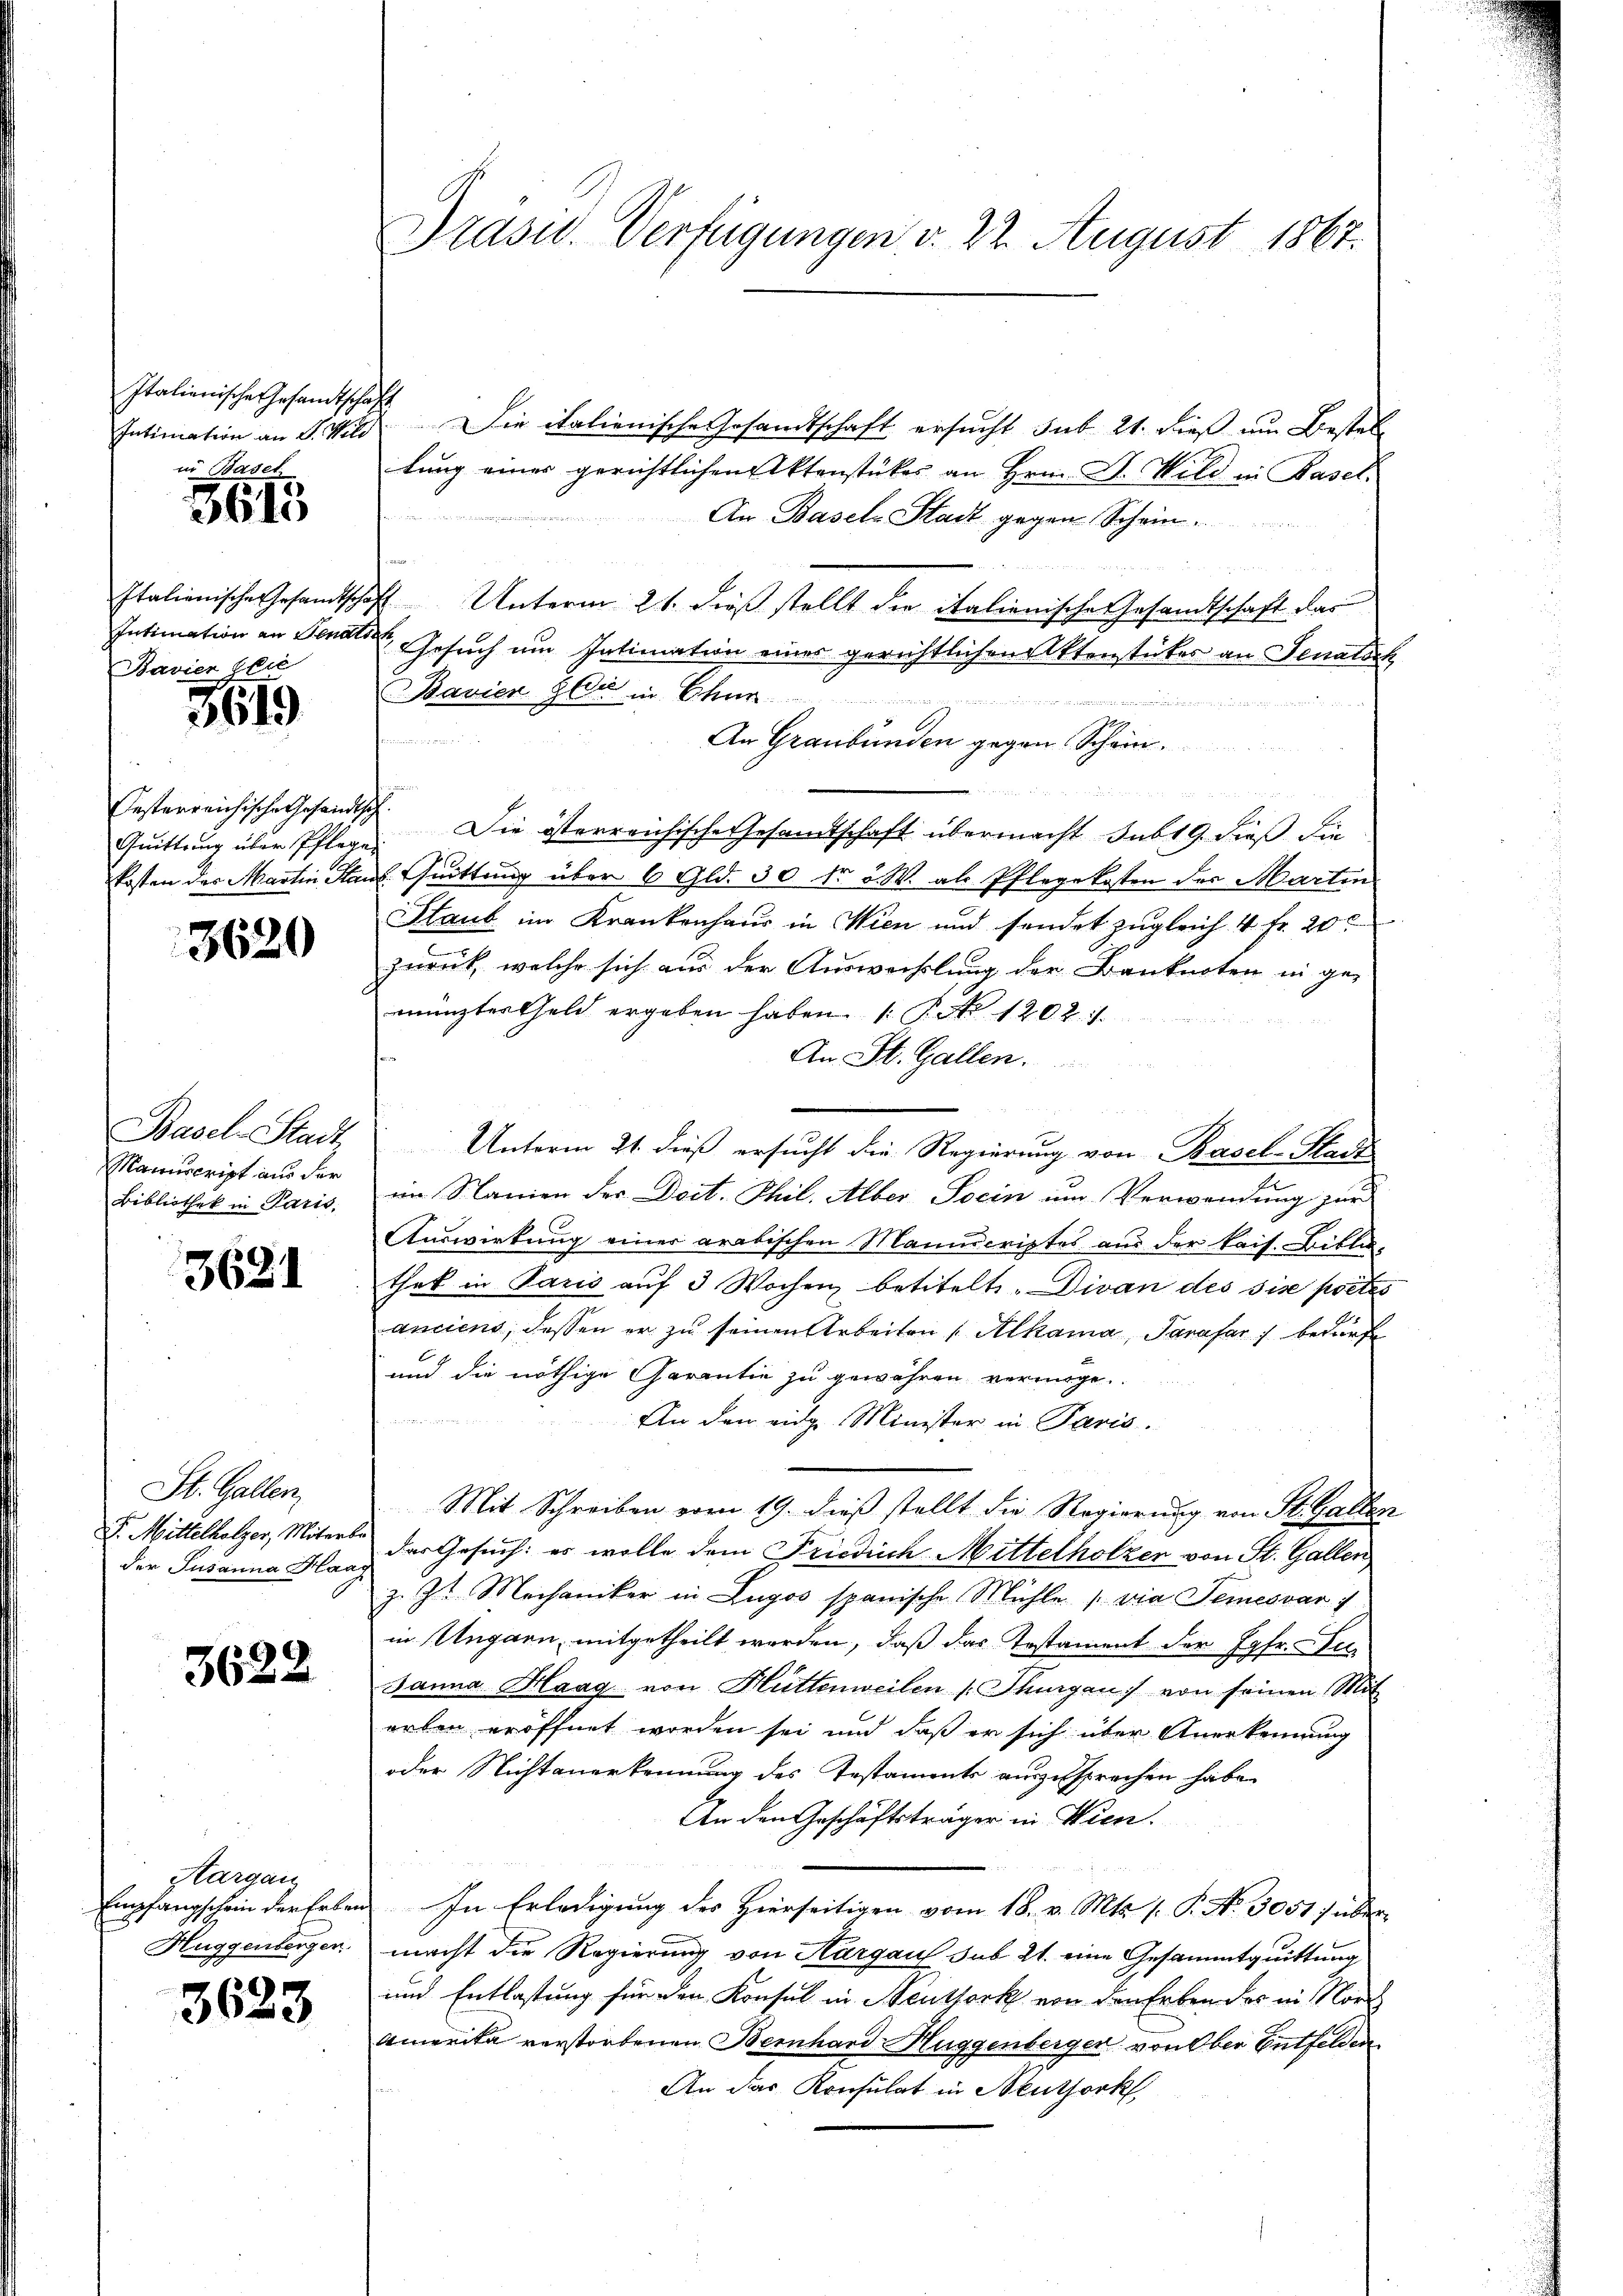
Italienische Gesandtscha¬
Intimation an J. Wild
in Basel

3615

Italienische Gesandtsche
Intimation an Senats
Bavier Elie

3619

Oesterreichische Gesandtsch
Quittung über Pflegen
kosten des Martin Han

3620

Basel-Stadt
Manuscript aus der
Bibliothek in Paris,

3681

St. Gallen,
F. Mittelholzer, Miters
der Susanna Blan

3622

Aargau
Empfangschein der Erben
Huggenberger

3623

Präsid. Verfügungen d. 22. August 1867.

¬

DDie italienische Gesandtschaft ersucht sub 21. dieß um Bestellung einer gerichtlichen Aktenstückes an Hrn. Dr. Wild in Basel
An Basels Stadt gegen Schwin
2 Unterm 21. dieß stellt die italienische Gesandtschaft das
Gesuch um Intimation eines gerichtlichen Aktenstückes an Senatsch
Bavien Gli in Char
.
Rat in der an
An Graubünden gegen Schön.

Die österreichische Gesandtschaft übermacht sub 19. dieß die
. Quittung über 6 Gld. 30 fr v. W. als Pflegekosten der Martin
Staub im Krankenhaus in Wien und sendet zugleich 4 fr. 20
zurück, welche sich aus der Auswechslung der Banknoten in gewänzter Geld ergeben haben ( P. Nr. 1202.
An St. Gallen.
Unterm 21. dieß ersucht die Regierung von Basel-Stadt
im Namen der Doct. Phil. Alber Pocin um Verwendung zur
Auswirkung einer arabischen Manuscriptes aus der kais. Biblio-
thek in Paris auf 3 Wochen betitelte. Divan des sise poetes
anciens, dessen er zu seinen Arbeiten Alkama, Parasar bedürfe
und die nöthige Garantie zu gewähren vermöge.
An den eidg. Minister in Paris.
Mit Schreiben vom 19. dieß stellt die Regierung von St. Gallen
das Gesuch: es wolle dem Friedrich Mittelholzer von St. Gallen
z. Zt. Mechaniker in Lugos spanische Mühle die Temesvár 1
in Ungarn, mitgetheilt werden, daß das Testament der Jgfr. u
Janna Haag von Hüttenweilen Thurgau von seinen Mit
arben eröffnet worden sei und daß er sich über Anerkennung
oder Nichtanerkennung des Testaments auszusprechen habe.
An den Geschäftsträger in Wien.
In Erledigung des Hierseitigen vom 18. v. Mts. (: P. Nr. 3051s über
macht die Regierung von Aargau sub 21. eine Gesammtquittung
und Entlastung für den Konsul in Neuttork von den Erben des in Nor
Amerika verstorbenen Bernhard Huggenberger von Ober Entfelden
An das Konsulat in Neuthork